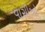
વાસીઓ